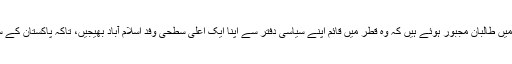
سخت کارروائی کے نتیجے میں طالبان مجبور ہوئے ہیں کہ وہ قطر میں قائم اپنے سیاسی دفتر سے اپنا ایک اعلیٰ سطحی وفد اسلام آباد بھیجیں، تاکہ پاکستان کے ساتھ یہ معاملا اٹھایا جاسکے۔